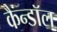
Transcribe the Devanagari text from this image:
कैन्डॉल